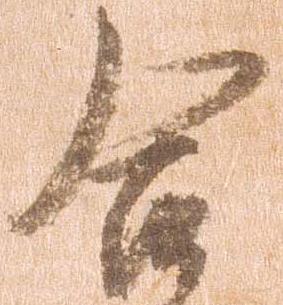
合